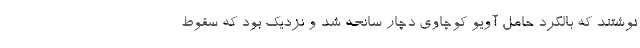
نوشتند که بالگرد حامل آویو کوچاوی دچار سانحه شد و نزدیک بود که سقوط